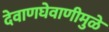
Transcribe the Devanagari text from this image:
देवाणघेवाणीमुळे